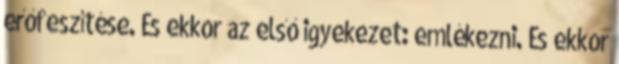
erőfeszítése. És ekkor az első igyekezet: emlékezni. És ekkor